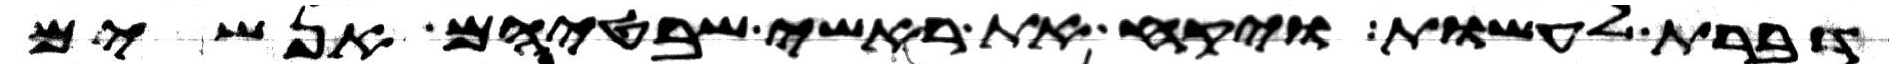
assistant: דברת לעשות ויקח את ראשי שבטיהם אנשים